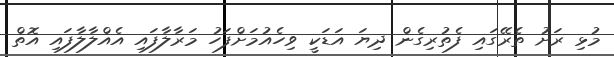
މުޅި ރަށު ތެރޭގައި ފެތުރިގެން ދިޔަ އަޑަކީ ވިހެއުމަށްފަހު މަރާލާފައި އެއްްލާލާފައި އޮތް